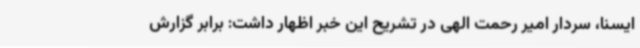
ایسنا، سردار امیر رحمت الهی در تشریح این خبر اظهار داشت: برابر گزارش